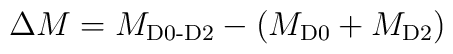
\Delta M=M_{\mbox{\scriptsize{D0-D2}}}-(M_{\mbox{\scriptsize{D0}}}+M_{\mbox{\scriptsize{D2}}})